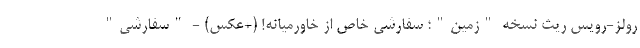
رولز-رویس ریث نسخه "زمین"؛ سفارشی خاص از خاورمیانه! (+عکس) - "سفارشی"